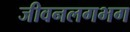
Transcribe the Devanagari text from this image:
जीवनलगभग